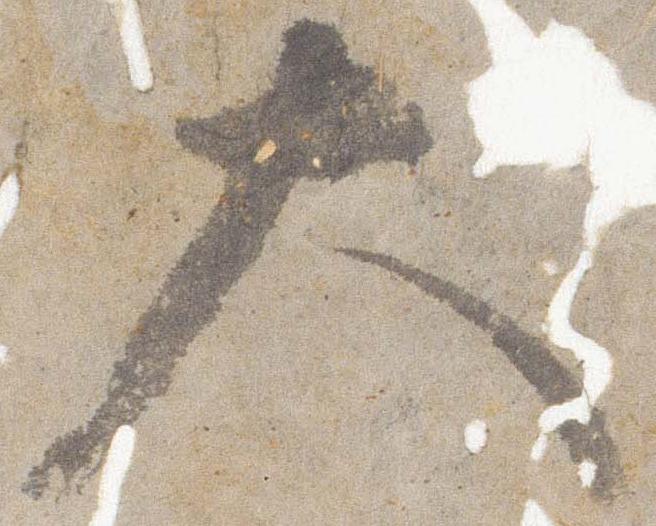
大